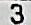
3